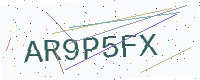
Text: AR9P5FX